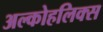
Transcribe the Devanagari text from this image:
अल्कोहलिक्स